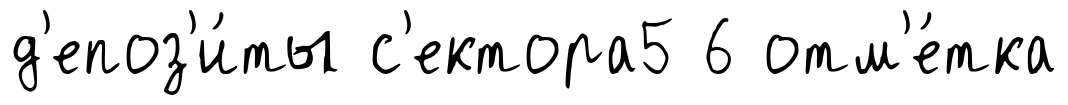
д'епоз'и́ты с'ектора5 6 отм'е́тка